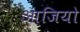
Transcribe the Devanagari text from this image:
आजियो